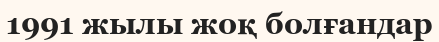
1991 жылы жоқ болғандар